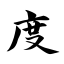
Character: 度